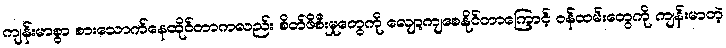
ကျန်းမာစွာ စားသောက်နေထိုင်တာကလည်း စိတ်ဖိစီးမှုတွေကို လျော့ကျစေနိုင်တာကြောင့် ဝန်ထမ်းတွေကို ကျန်းမာတဲ့